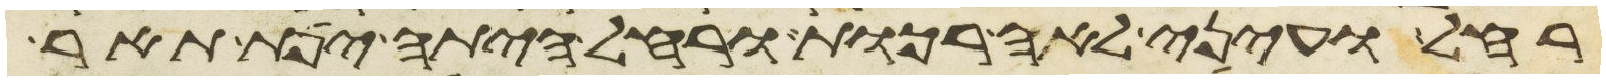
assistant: רחל ועיני לאה רכות ורחל היתה יפת תאר